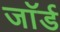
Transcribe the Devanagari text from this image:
जाॅर्ड